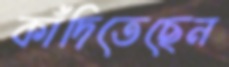
কাঁদিতেছেন